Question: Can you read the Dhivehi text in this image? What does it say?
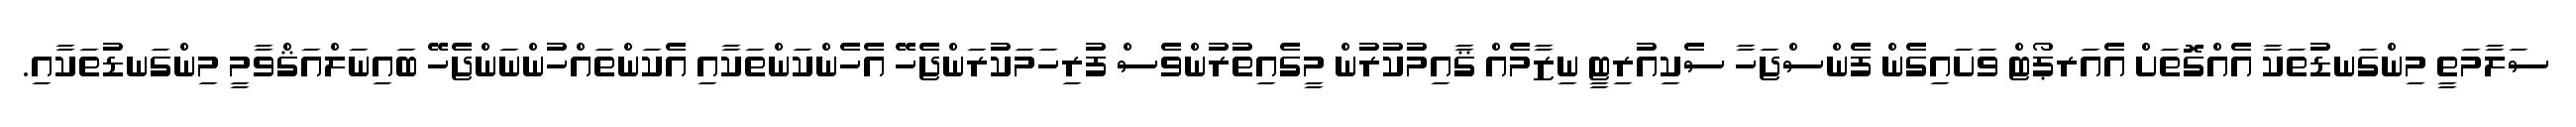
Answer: ސަލާމަތީ މިންގަނޑުތަކާ އެއްގޮތަށް އެއަރޕޯޓް ވަށައިގެން ފެންސްޖަހާ ސެކިއުރިޓީ ނިޒާމެއް ޤާއިމުކުރުން މީގެއިތުރުންވެސް ފުރިހަމަކުރަންޖެހޭ އެހެންކަންތަކާއި އެކަންތައްހުންނަންޖެހޭ ބައިނަލްއަޤްވާމީ މިންގަނޑުތަކާއި.